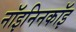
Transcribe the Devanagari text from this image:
नॉइनिनकॉइ